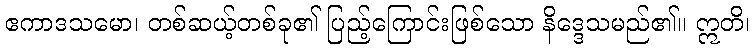
ဧကာဒသမော၊ တစ်ဆယ့်တစ်ခု၏ ပြည့်ကြောင်းဖြစ်သော နိဒ္ဒေသမည်၏။ ဣတိ၊